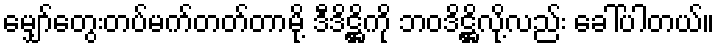
မျှော်တွေးတပ်မက်တတ်တာမို့ ဒီဒိဋ္ဌိကို ဘဝဒိဋ္ဌိလို့လည်း ခေါ်ပါတယ်။